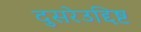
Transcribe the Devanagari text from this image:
दुसरेउद्दिष्ट